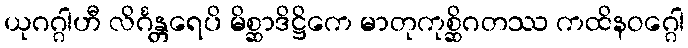
ယုဂဂ္ဂါဟီ လိင်္ဂန္တရေပိ မိစ္ဆာဒိဋ္ဌိကေ မာတုကုစ္ဆိဂတဿ ကထိနဝဂ္ဂေါ